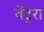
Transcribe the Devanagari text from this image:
वेंटुरा